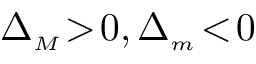
\Delta _ { { \scriptscriptstyle M } } \! > \! 0 , \Delta _ { { \scriptscriptstyle m } } \! < \! 0